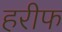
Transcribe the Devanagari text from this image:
हरीफ